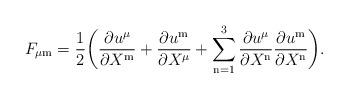
LaTeX: \begin{align*}F_{\mu \mathrm{m}} = {1\over 2}\biggl( {\partial u^\mu\over \partial X^{\mathrm{m}}}+{\partial u^{\mathrm{m}}\over \partial X^\mu}+ \sum_{\mathrm{n}=1}^3 {\partial u^\mu\over \partial X^{\mathrm{n}}} {\partial u^{\mathrm{m}}\over \partial X^{\mathrm{n}}}\biggr).\end{align*}